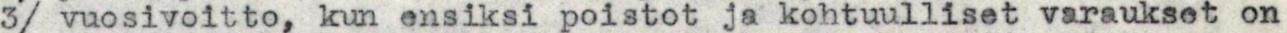
3/ vuosivoitto, kun ensiksi poistot ja kohtuulliset varaukset on